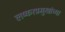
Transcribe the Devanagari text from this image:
लष्करप्रमुखांच्या